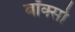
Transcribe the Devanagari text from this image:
बॉक्सो